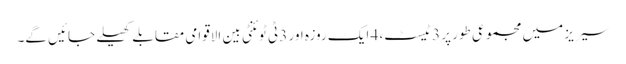
سیریز میں مجموعی طور پر 3 ٹیسٹ، 4 ایک روزہ اور 3 ٹی ٹوئنٹی بین الاقوامی مقابلے کھیلے جائیں گے۔